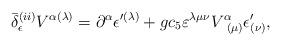
LaTeX: \begin{align*}\bar{\delta}_{\epsilon }^{(ii)}V^{\alpha (\lambda )}=\partial ^{\alpha}\epsilon ^{\prime (\lambda )}+gc_{5}\varepsilon ^{\lambda \mu \nu}V_{\;\;(\mu )}^{\alpha }\epsilon _{(\nu )}^{\prime }, \end{align*}